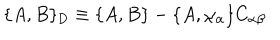
\{ A , B \} _ { \mathrm { D } } \equiv \{ A , B \} - \{ A , \chi _ { \alpha } \} C _ { \alpha \beta }